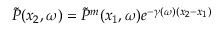
\Tilde { P } ( x _ { 2 } , \omega ) = \Tilde { P } ^ { m } ( x _ { 1 } , \omega ) e ^ { - \gamma ( \omega ) ( x _ { 2 } - x _ { 1 } ) }